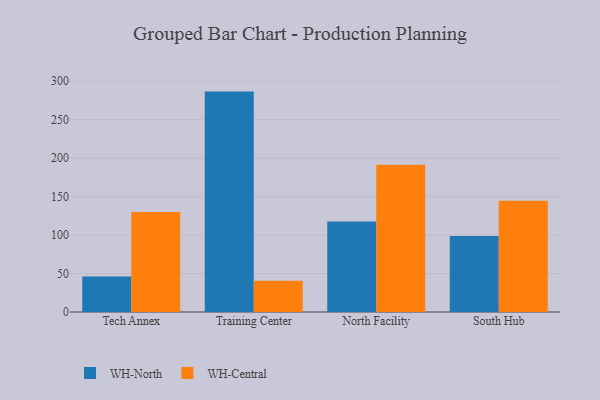
{"axis": {"x": "Campus", "y": "Website Visitors"}, "legend": ["WH-Central", "WH-North"], "data": [{"x": "Tech Annex", "y": 46.2, "type": "WH-North"}, {"x": "Tech Annex", "y": 129.9, "type": "WH-Central"}, {"x": "Training Center", "y": 286.4, "type": "WH-North"}, {"x": "Training Center", "y": 40.6, "type": "WH-Central"}, {"x": "North Facility", "y": 117.5, "type": "WH-North"}, {"x": "North Facility", "y": 191.5, "type": "WH-Central"}, {"x": "South Hub", "y": 98.6, "type": "WH-North"}, {"x": "South Hub", "y": 144.7, "type": "WH-Central"}]}